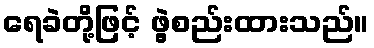
ရေခဲတို့ဖြင့် ဖွဲ့စည်းထားသည်။